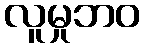
လူမှုဘဝ